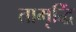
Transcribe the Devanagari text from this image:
तामृद्धिं